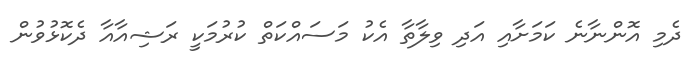
ދެމި އޮންނާނެ ކަމަށާއި އަދި ވިލާތާ އެކު މަސައްކަތް ކުރުމަކީ ރަޝިއާއާ ދެކޮޅުވުން